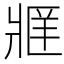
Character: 𬌄